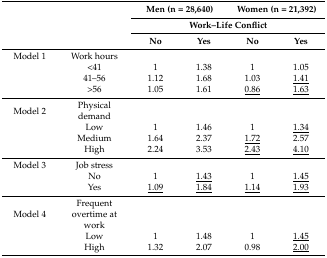
<table><thead><tr><td></td><td></td><td colspan="2"><b>Men (n = 28,640)</b></td><td colspan="2"><b>Women (n = 21,392)</b></td></tr><tr><td></td><td rowspan="2"></td><td colspan="4"><b>Work–Life Conflict</b></td></tr><tr><td></td><td><b>No</b></td><td><b>Yes</b></td><td><b>No</b></td><td><b>Yes</b></td></tr></thead><tbody><tr><td>Model 1</td><td>Work hours</td><td></td><td></td><td></td><td></td></tr><tr><td></td><td>&lt;41</td><td>1</td><td>1.38</td><td>1</td><td>1.05</td></tr><tr><td></td><td>41–56</td><td>1.12</td><td>1.68</td><td>1.03</td><td><underline>1.41</underline></td></tr><tr><td></td><td>&gt;56</td><td>1.05</td><td>1.61</td><td><underline>0.86</underline></td><td><underline>1.63</underline></td></tr><tr><td>Model 2</td><td>Physical demand</td><td></td><td></td><td></td><td></td></tr><tr><td></td><td>Low</td><td>1</td><td>1.46</td><td>1</td><td><underline>1.34</underline></td></tr><tr><td></td><td>Medium</td><td>1.64</td><td>2.37</td><td><underline>1.72</underline></td><td>2.57</td></tr><tr><td></td><td>High</td><td>2.24</td><td>3.53</td><td><underline>2.43</underline></td><td><underline>4.10</underline></td></tr><tr><td>Model 3</td><td>Job stress</td><td></td><td></td><td></td><td></td></tr><tr><td></td><td>No</td><td>1</td><td><underline>1.43</underline></td><td>1</td><td><underline>1.45</underline></td></tr><tr><td></td><td>Yes</td><td><underline>1.09</underline></td><td><underline>1.84</underline></td><td><underline>1.14</underline></td><td><underline>1.93</underline></td></tr><tr><td>Model 4</td><td>Frequent overtime at work</td><td></td><td></td><td></td><td></td></tr><tr><td></td><td>Low</td><td>1</td><td>1.48</td><td>1</td><td><underline>1.45</underline></td></tr><tr><td></td><td>High</td><td>1.32</td><td>2.07</td><td>0.98</td><td><underline>2.00</underline></td></tr></tbody></table>